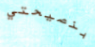
بنصيحتي